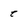
Character: t